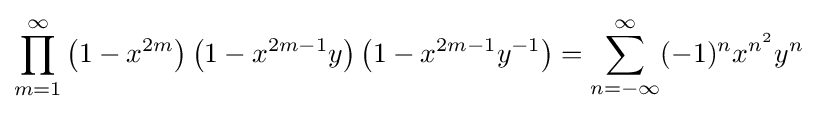
\prod _{m=1}^{\infty }\left(1-x^{2m}\right)\left(1-x^{2m-1}y\right)\left(1-x^{2m-1}y^{-1}\right)=\sum _{n=-\infty }^{\infty }(-1)^{n}x^{n^{2}}y^{n}